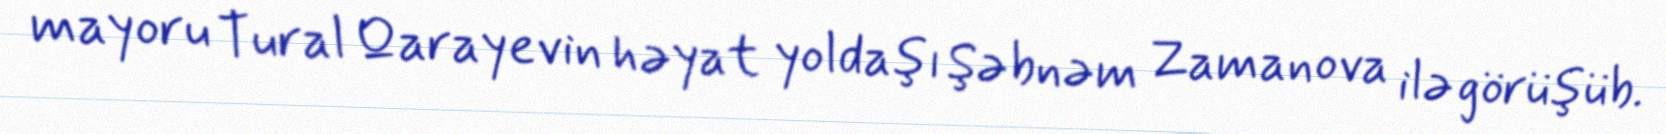
mayoru Tural Qarayevin həyat yoldaşı Şəbnəm Zamanova ilə görüşüb.